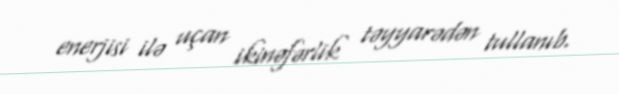
enerjisi ilə uçan ikinəfərlik təyyarədən tullanıb.